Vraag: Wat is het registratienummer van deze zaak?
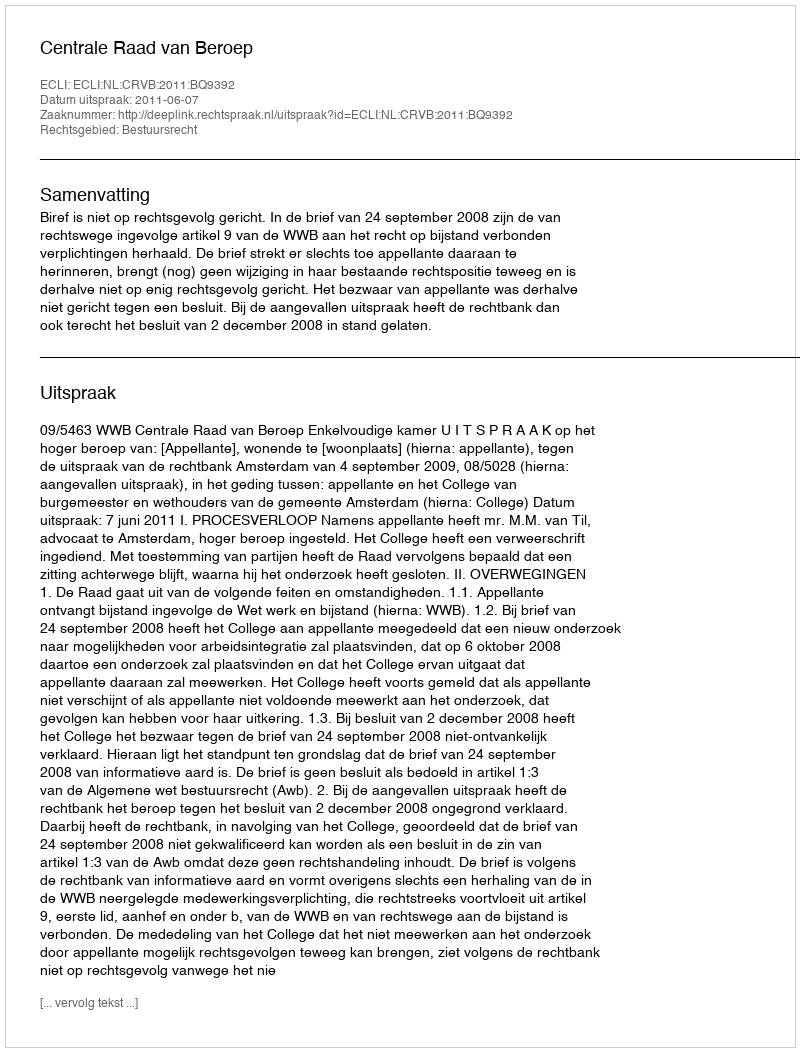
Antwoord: http://deeplink.rechtspraak.nl/uitspraak?id=ECLI:NL:CRVB:2011:BQ9392